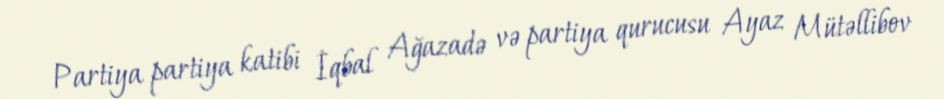
Partiya partiya katibi İqbal Ağazadə və partiya qurucusu Ayaz Mütəllibov